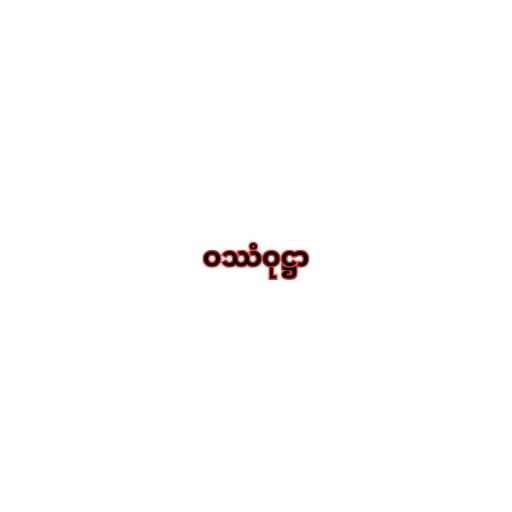
ဝဿံဝုဋ္ဌာ